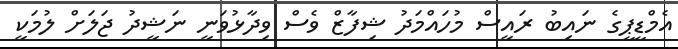
އެމްޑީޕީގެ ނައިބު ރައީސް މުހައްމަދު ޝިފާޒް ވެސް ވިދާޅުވަނީ ނަޝީދު ޖަލަށް ލުމަކީ